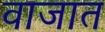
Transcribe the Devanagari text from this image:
वाजात